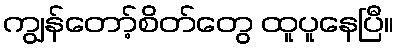
ကျွန်တော့်စိတ်တွေ ထူပူနေပြီ။